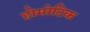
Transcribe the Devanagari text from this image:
होमोटिक